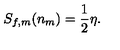
S _ { f , m } ( n _ { m } ) = { \frac { 1 } { 2 } } \eta .